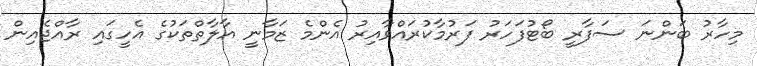
މިހާރު ބަންނަ ސަފާރީ ބޯޓުފަހަރު ފަރުމާކުރައްވާއިރު އެންމެ ޒަމާނީ އާލާތްތަކުގެ އެހީގައި ރާއްޖެއިން